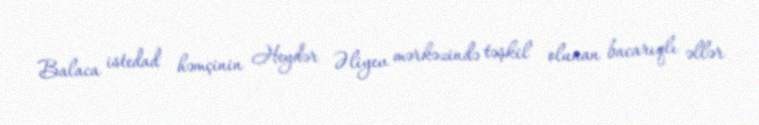
Balaca istedad həmçinin Heydər Əliyev mərkəzində təşkil olunan bacarıqlı əllər